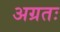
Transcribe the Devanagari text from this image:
अग्रतः